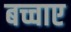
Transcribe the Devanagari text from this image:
बच्चाए